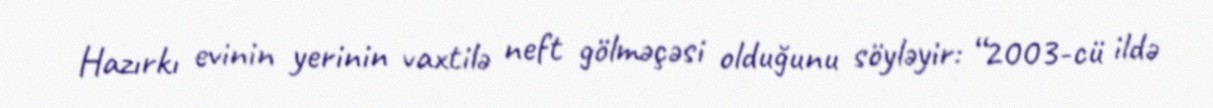
Hazırkı evinin yerinin vaxtilə neft gölməçəsi olduğunu söyləyir: “2003-cü ildə